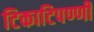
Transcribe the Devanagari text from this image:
टिकाटिपण्णी